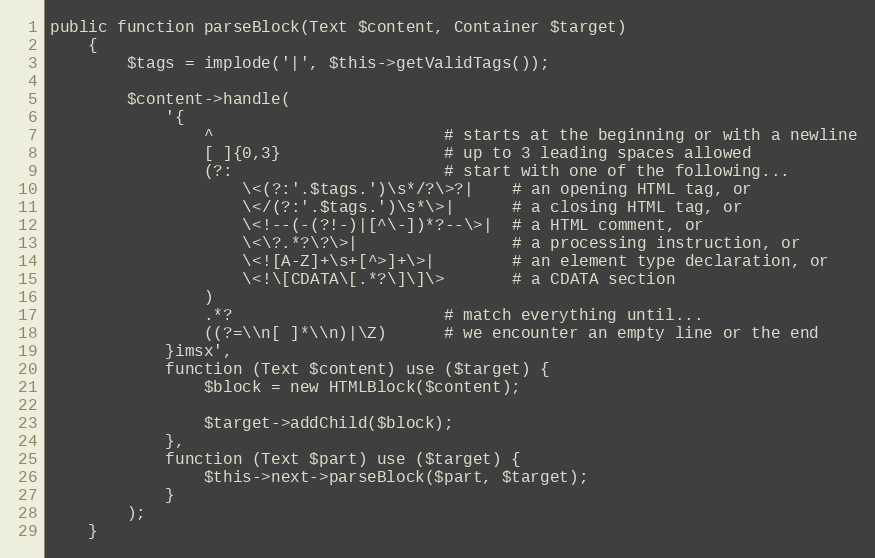
Language: PHP
public function parseBlock(Text $content, Container $target)
    {
        $tags = implode('|', $this->getValidTags());

        $content->handle(
            '{
                ^                        # starts at the beginning or with a newline
                [ ]{0,3}                 # up to 3 leading spaces allowed
                (?:                      # start with one of the following...
                    \<(?:'.$tags.')\s*/?\>?|    # an opening HTML tag, or
                    \</(?:'.$tags.')\s*\>|      # a closing HTML tag, or
                    \<!--(-(?!-)|[^\-])*?--\>|  # a HTML comment, or
                    \<\?.*?\?\>|                # a processing instruction, or
                    \<![A-Z]+\s+[^>]+\>|        # an element type declaration, or
                    \<!\[CDATA\[.*?\]\]\>       # a CDATA section
                )
                .*?                      # match everything until...
                ((?=\\n[ ]*\\n)|\Z)      # we encounter an empty line or the end
            }imsx',
            function (Text $content) use ($target) {
                $block = new HTMLBlock($content);

                $target->addChild($block);
            },
            function (Text $part) use ($target) {
                $this->next->parseBlock($part, $target);
            }
        );
    }